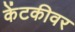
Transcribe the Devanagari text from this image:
केंटकीवर